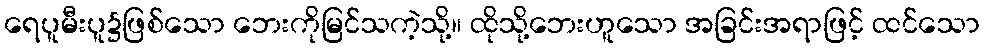
ရေပူမီးပူ၌ဖြစ်သော ဘေးကိုမြင်သကဲ့သို့။ ထိုသို့ဘေးဟူသော အခြင်းအရာဖြင့် ထင်သော